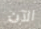
الآن